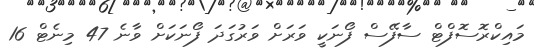
މައިކްރޮސޮފްޓް ސާފޭސް ފޯނަކީ ވަރަށް ވަރުގަދަ ފޯނަކަށް ވާނެ 47 މިނެޓް 16